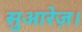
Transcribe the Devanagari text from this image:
सुआरेज़।